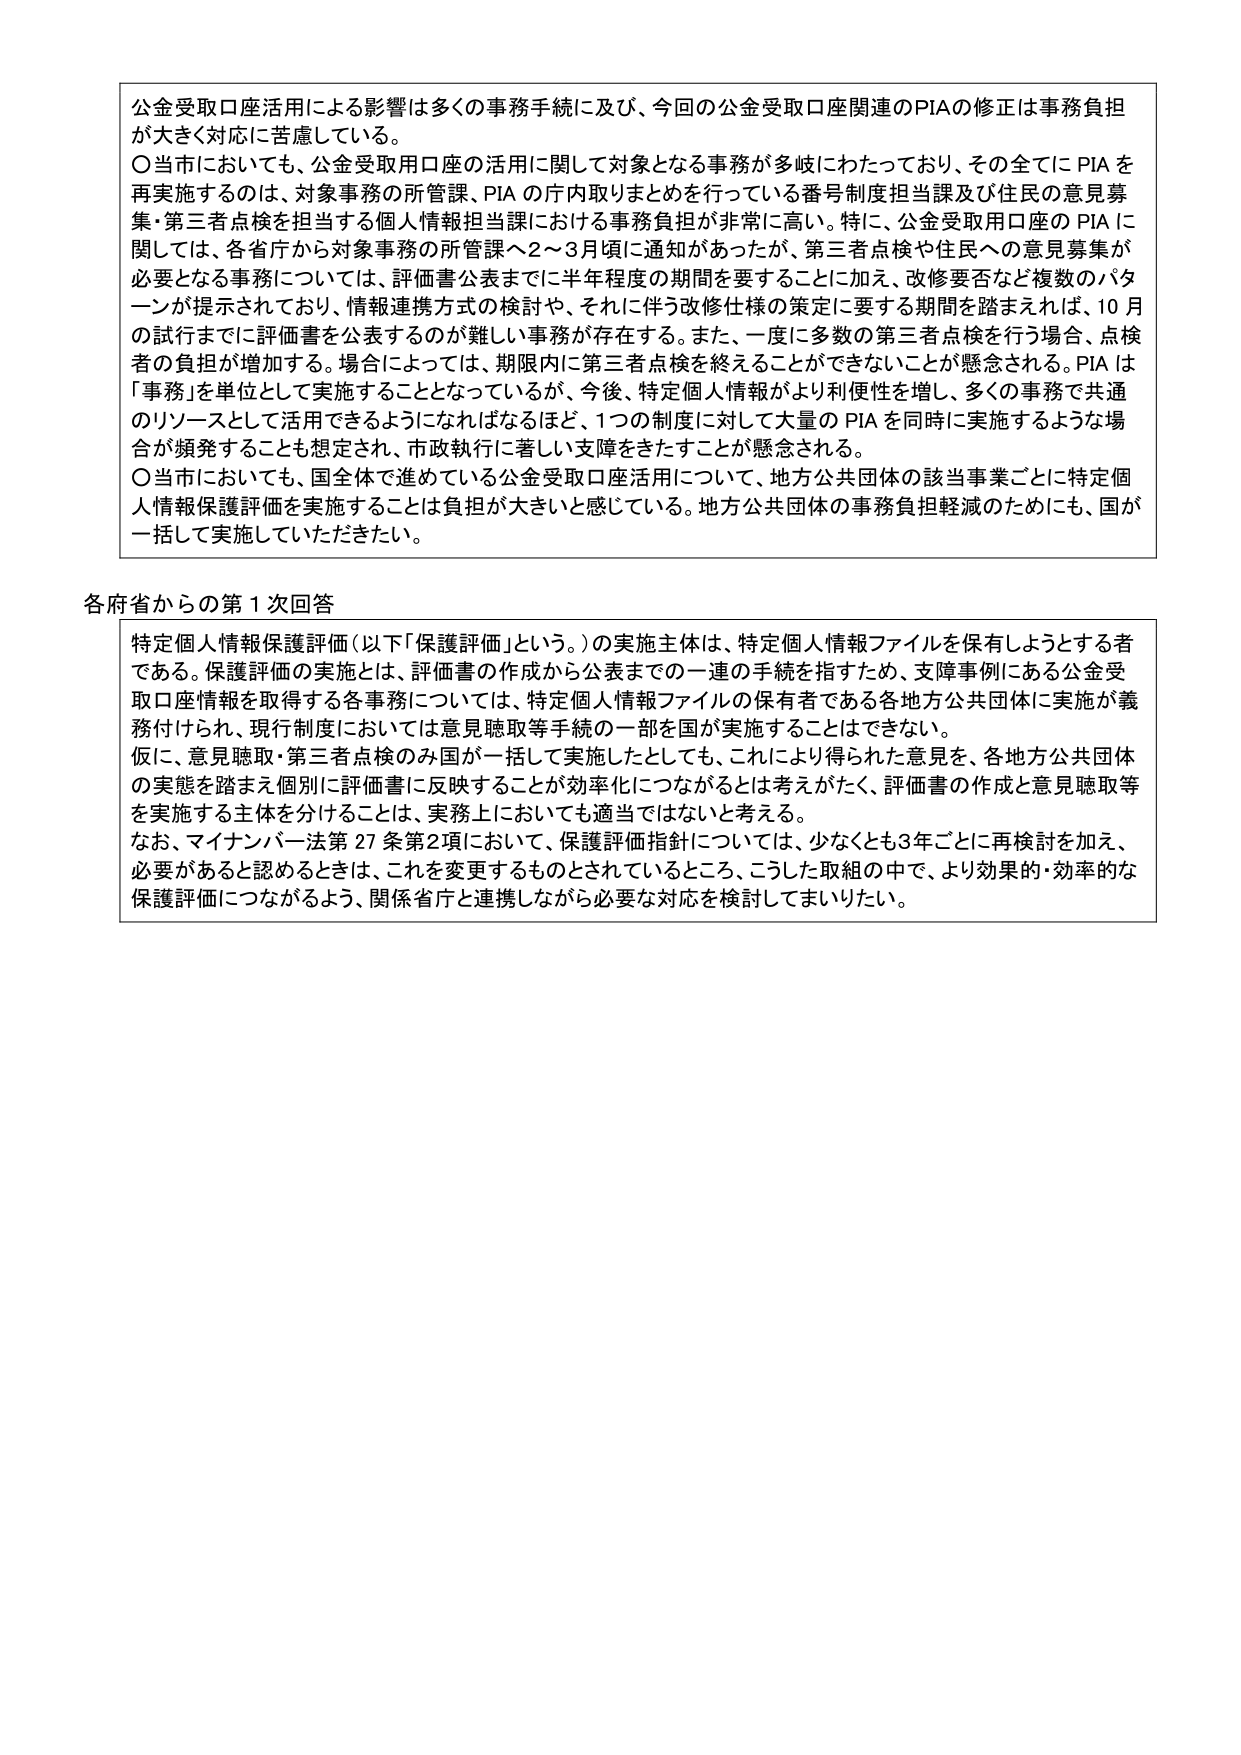
公金受取口座活用による影響は多くの事務手続に及び、今回の公金受取口座関連のPIAの修正は事務負担が大きく対応に苦慮している。

〇当市においても、公金受取用口座の活用に関して対象となる事務が多岐にわたっており、その全てにPIAを再実施するのは、対象事務の所管課、PIAの庁内取りまとめを行っている番号制度担当課及び住民の意見募集・第三者点検を担当する個人情報担当課における事務負担が非常に高い。特に、公金受取用口座のPIAに関しては、各省庁から対象事務の所管課へ2～3月頃に通知があったが、第三者点検や住民への意見募集が必要となる事務については、評価書公表までに半年程度の期間を要することに加え、改修要否など複数のパターンが提示されており、情報連携方式の検討や、それに伴う改修仕様の策定に要する期間を踏まえれば、10月の試行までに評価書を公表するのが難しい事務が存在する。また、一度に多数の第三者点検を行う場合、点検者の負担が増加する。場合によっては、期限内に第三者点検を終えることができないことが懸念される。PIAは「事務」を単位として実施することとなっているが、今後、特定個人情報がより利便性を増し、多くの事務で共通のリソースとして活用できるようになればなるほど、1つの制度に対して大量のPIAを同時に実施するような場合が頻発することも想定され、市政執行に著しい支障をきたすことが懸念される。

〇当市においても、全国全体で進めている公金受取口座活用について、地方公共団体の該当事業ごとに特定個人情報保護評価を実施することは負担が大きいと感じている。地方公共団体の事務負担軽減のためにも、国が一括して実施していただきたい。

各府省からの第1次回答

特定個人情報保護評価（以下「保護評価」という。）の実施主体は、特定個人情報ファイルを保有しようとする者である。保護評価の実施とは、評価書の作成から公表までの一連の手続を指すため、支障事例にある公金受取口座情報が取得する各事務については、特定個人情報ファイルの保有者である各地方公共団体に実施が義務付けられ、現行制度においては意見聴取等手続の一部が国が実施することはできない。

仮に、意見聴取・第三者点検のみ国が一括して実施したとしても、これにより得られた意見を、各地方公共団体の実態を踏まえ個別に評価書に反映することが効率化につながるとは考えがたく、評価書の作成と意見聴取等を実施する主体を分けることは、実務上においても適当ではないと考える。

なお、マイナンバー法第27条第2項において、保護評価指針については、少なくとも3年ごとに再検討を加え、必要があると認めるときは、これを変更するものとされているところ、こうした取組の中で、より効果的・効率的な保護評価につながるよう、関係省庁と連携しながら必要な対応を検討してまいりたい。